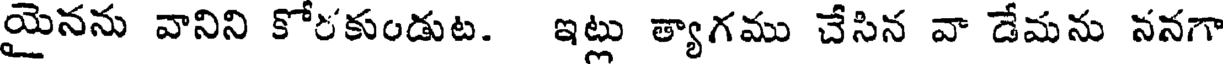
యైనను వానిని కోరకుండుట. ఇట్లు త్యాగము చేసిన వా డేమను ననగా